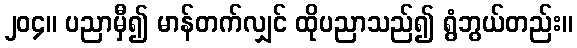
၂၀၄။ ပညာမှီ၍ မာန်တက်လျှင် ထိုပညာသည်၍ ရွံဘွယ်တည်း။